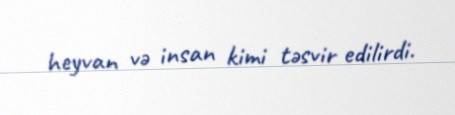
heyvan və insan kimi təsvir edilirdi.